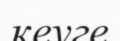
кеуге